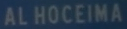
ALHOCEIMA